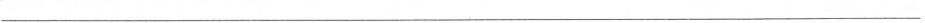
___